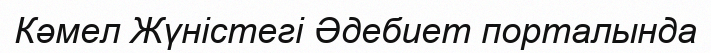
Кәмел Жүністегі Әдебиет порталында